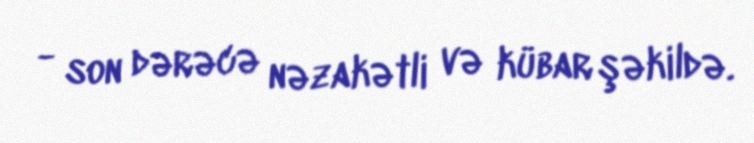
- son dərəcə nəzakətli və kübar şəkildə.